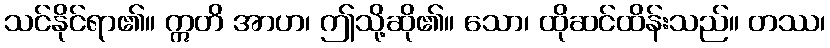
သင်နိုင်ရာ၏။ ဣတိ အာဟ၊ ဤသို့ဆို၏။ သော၊ ထိုဆင်ထိန်းသည်။ တဿ၊